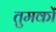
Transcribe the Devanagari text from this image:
तुमकों